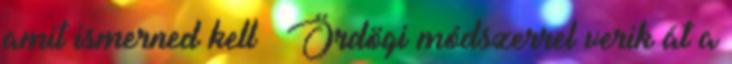
amit ismerned kell » Ördögi módszerrel verik át a